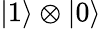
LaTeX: \lvert 1\rangle\otimes\lvert 0\rangle